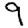
Digit: 9